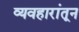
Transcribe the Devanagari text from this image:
व्यवहारांतून